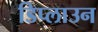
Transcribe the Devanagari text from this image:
डिप्लाउन